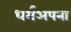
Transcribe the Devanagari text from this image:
धर्मअपना